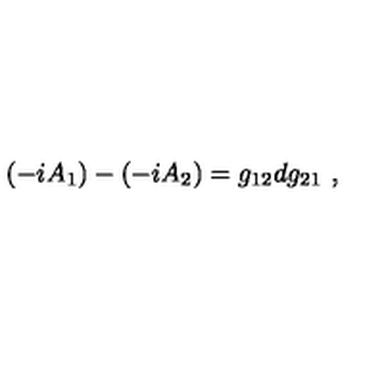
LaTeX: ( - i A _ { 1 } ) - ( - i A _ { 2 } ) = g _ { 1 2 } d g _ { 2 1 } \ ,